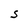
Character: S